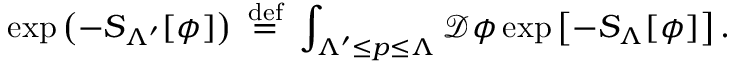
\exp \left( - S _ { \Lambda ^ { \prime } } [ \phi ] \right) \ { \stackrel { \mathrm { d e f } } { = } } \ \int _ { \Lambda ^ { \prime } \leq p \leq \Lambda } { \mathcal { D } } \phi \exp \left[ - S _ { \Lambda } [ \phi ] \right] .